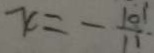
x = - \frac { 1 0 1 } { 1 1 }